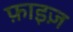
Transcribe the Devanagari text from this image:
फ़ाइज़